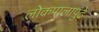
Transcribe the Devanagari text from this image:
लोकपालापुढे